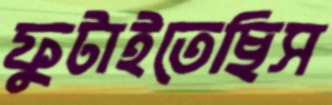
ফুটাইতেছিস